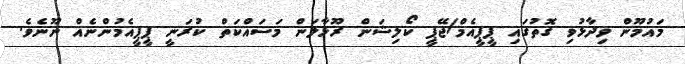
މައުމޫން ވިދާޅުވި ގޮތުގައި ޕީޕީއެމް/ޖޭޕީ ކޯލިޝަން ރޫޅާލަން މަސައްކަތް ކުރަނީ ޕީޕީއެމުންނެއް ނޫނެވެ.